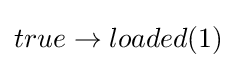
true\rightarrow loaded(1)